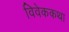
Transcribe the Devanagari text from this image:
विवेककथा